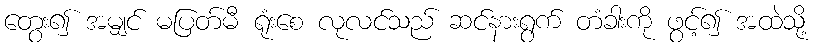
တွေး၍ အမျှင် မပြတ်မီ ရုံးစေ လုလင်သည် ဆင်နားရွက် တံခါးကို ဖွင့်၍ အထဲသို့